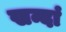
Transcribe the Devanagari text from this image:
खन्दां